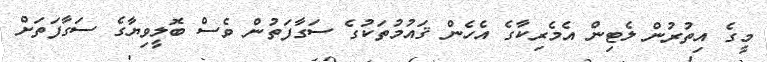
މީގެ އިތުރުން ލެޓިން އެމެރިކާގެ އެހެން ޤައުމުތަކުގެ ސަގާފަތުން ވެސް ބޮލީވިޔާގެ ސަގާފަތަށް